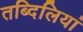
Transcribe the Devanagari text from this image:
तब्दिलियां